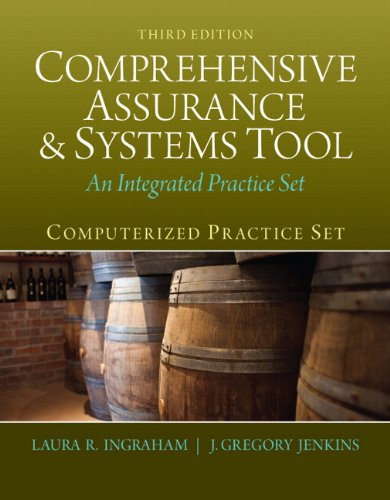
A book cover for Computerized Practice Set for Comprehensive Assurance & Systems Tool (CAST) (3rd Edition); Laura R. Ingraham; Business & Money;